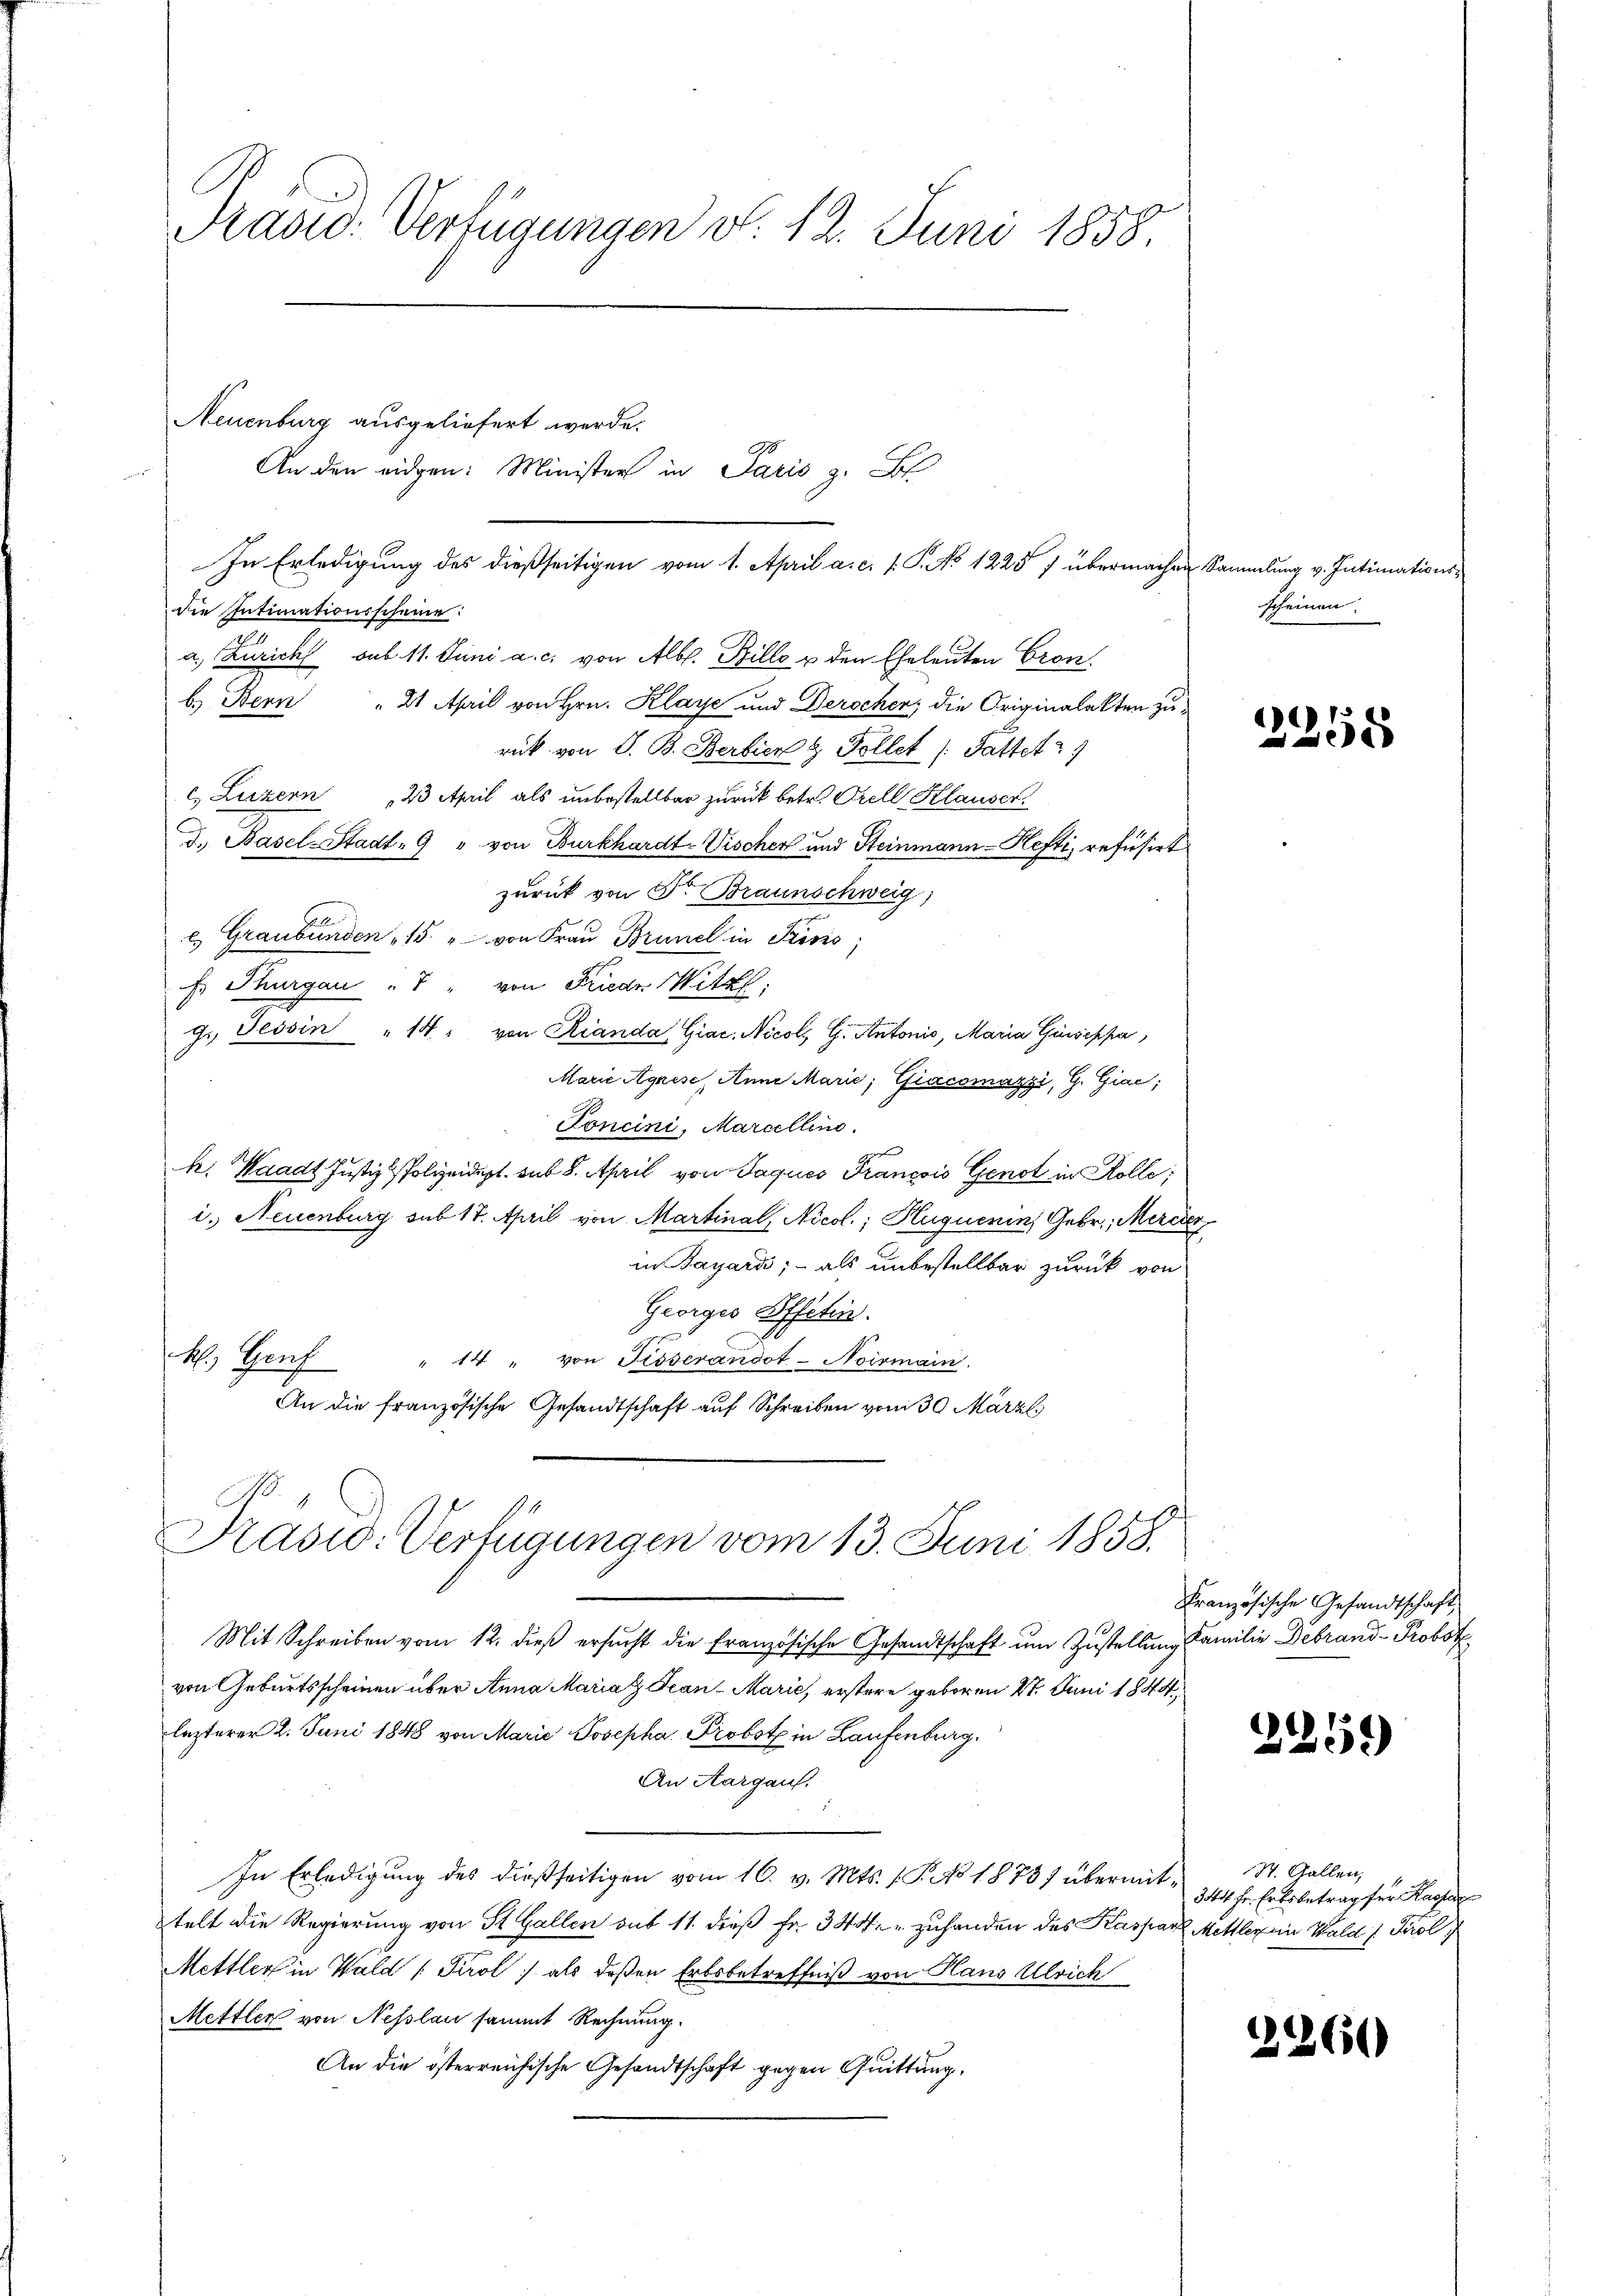
Präsid. Verfügungen d. 12. Juni 1858.

Neuenburg ausgeliefert werde.
die Intimationsscheine:
.
a. Zürich sub. 11. Juni a. c. von Alb. Bille u den Eheleuten Cron
b.) Bern " 21 April von Hrn. Klaye und Derscher; die Originalakten zurück von S. B. Berlier & Tollet /: Fattet
c) Luzern 23 April als unbestellbar zurück betr. Prell Klauser,
d. Basel-Stadt, 9 " von Burkhardt-Vischer und Steinmann-Hefti, refüsirt
zurück von Dr. Braunschweig
c. Graubünden " 15 " von Frau Brunel in Prins;
f Thurgau " 7 " von Friede Witzl
g. Tessin " 14. von Rianda Giac. Nicoli G. Antonis, Maria Giuseppa,
Marie Agnese, Anna Marie; Giacomazzi, G. Giac;
Foncini, Marcellino.
e
k. Waadt Justiz-Polizeidigt. sub 8. April von Jaques François Genot in Kolle;
i. Neuenburg sub 17. April von Martinal, Nicol.; Huquenins Gebr., Merck
in Bayard; - als unbestellbar zurück von
Georges Offertin.
" 14 " von Fesserandot-Noismann.
H. Genf
An die französische Gesandtschaft auf Schreiben vom 30. März l.

Mit Schreiben vom 12. dieß ersucht die französische Gesandtschaft um Zustellung Familie Debrand- Probst
von Geburtsscheinen über Anna Mariat Jean - Marić, erstere geboren 27. Juni 1844,
lezterer 2. Juni 1848 von Marie Josepha Probst in Laufenburg,
An Aargau.
In Erledigung des dießseitigen vom 16. v. Mts. f. P. No 1873 übermittelt die Regierung von St. Gallen aus 11. dieß fr. 344. " zuhanden des Kaspar Mittleren Wald ( Tirol
Mettler in Wald (Tirol als deßen Erbsbetreffniß von Haus Ulrich
Mettler von Nesslau sammt Rechnung.
An die österreichische Gesandtschaft gegen Quittung.

An den eidgen: Minister in Paris z. B.

In Erledigung des dießseitigen vom 1. April a. c. s. P. No 12257 übermachen Sammlung v. Intimations

Praswo: Verfügungen vom 13. Juni 1858.

scheinen.

2358

Französische Gesandtschaft,

2259)

St. Gallen,
344 Fr. Erbsbetrag für Kasse

2360